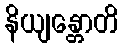
နိယျန္တောတိ